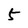
Character: 5